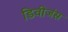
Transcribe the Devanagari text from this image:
डिवीजंस